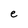
Character: e